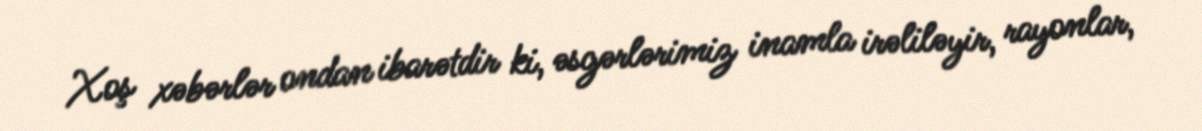
Xoş xəbərlər ondan ibarətdir ki, əsgərlərimiz inamla irəliləyir, rayonlar,